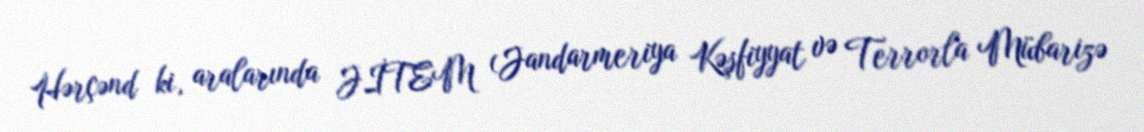
Hərçənd ki, aralarında JİTEM (Jandarmeriya Kəşfiyyat və Terrorla Mübarizə